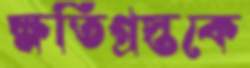
ক্ষতিগ্রস্তকে